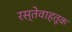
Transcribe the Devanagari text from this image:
रस्तेवाहतूक